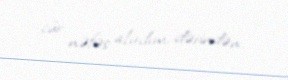
cür nəfəs alırdım, dərindən.